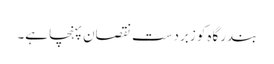
بندرگاہ کو زبردست نقصان پہنچا ہے۔